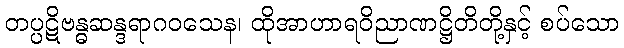
တပ္ပဋိဗန္ဓဆန္ဒရာဂဝသေန၊ ထိုအာဟာရဝိညာဏဋ္ဌိတိတို့နှင့် စပ်သော